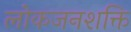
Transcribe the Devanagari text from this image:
लोकजनशक्ति